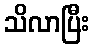
သိလာပြီး